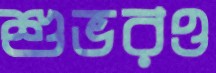
শুভরও